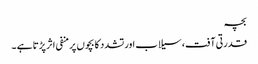
بچہ
قدرتی آفت، سیلاب اور تشدد کا بچوں پر منفی اثر پڑتا ہے ۔